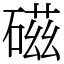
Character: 𥔵